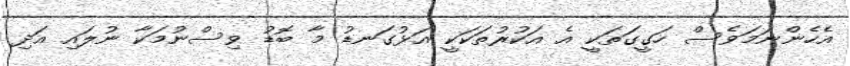
އެހެންނަމަވެސް ހަގީގަތަކީ އެ އަކުރުތަކަކީ އަޅުގަނޑު މާ ބޮޑު ވިސްނުމަކާ ނުލައި އަދި